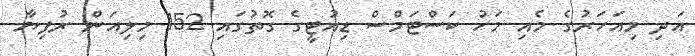
އަދި މިއަހަރުގެ މެއި މަހު ކަސްޓަމްސް ޑިއުޓީގެ ގޮތުގައި 152 މިލިއަން ރުފިޔާ